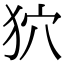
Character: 狖